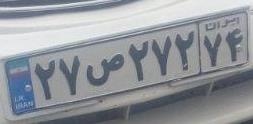
۲۷ص۲۷۲۷۴